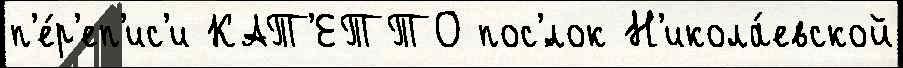
п'е́р'еп'ис'и КАТ'ЕТТО пос'́лок Н'икола́евской